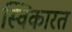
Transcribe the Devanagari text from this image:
स्विकारत